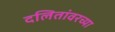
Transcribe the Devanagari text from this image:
दलितांवरच्या